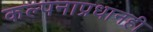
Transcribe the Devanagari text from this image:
कल्पनाप्रधानही